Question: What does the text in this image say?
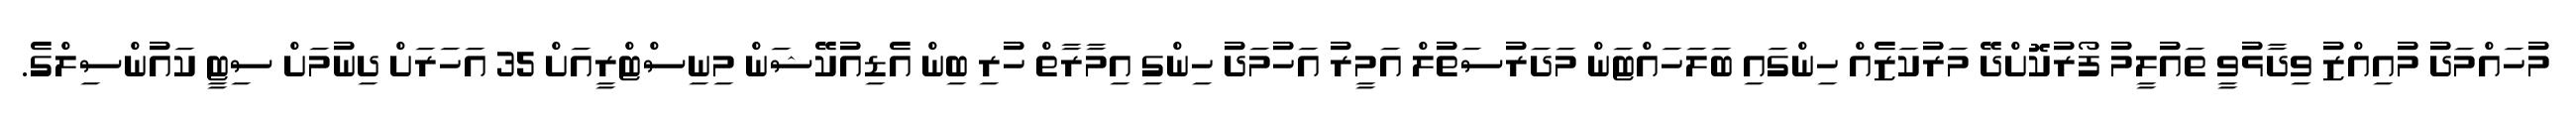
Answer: މުހައްމަދު މުއިއްޒު ވިދާޅުވީ ތައުލީމު ފޯރުކޮށްދޭ މަރުކަޒެއް ހިންގައި ބަލަހައްޓަން މަދަރުސަތުލް އަމީރު އަހުމަދު ހިންގި އިމާރާތް ހުރި ބިން އެޑިއުކޭޝަން މިނިސްޓްރީއަށް 35 އަހަރަށް ދިނުމަށް ސިޓީ ކައުންސިލްގެ.